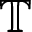
\mathbb { T }